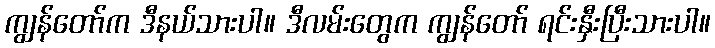
ကျွန်တော်က ဒီနယ်သားပါ။ ဒီလမ်းတွေက ကျွန်တော် ရင်းနှီးပြီးသားပါ။